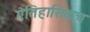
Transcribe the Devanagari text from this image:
ऐतिहासिकच